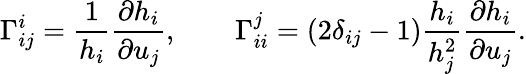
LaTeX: \Gamma_{ij}^{i}=\frac{1}{h_{i}}\frac{\partial h_{i}}{\partial u_{j}},\qquad\Gamma_{ii}^{j}=(2\delta_{ij}-1)\frac{h_{i}}{h_{j}^{2}}\frac{\partial h_{i}}{\partial u_{j}}.